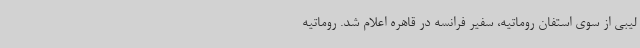
لیبی از سوی استفان روماتیه، سفیر فرانسه در قاهره اعلام شد. روماتیه